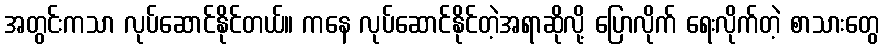
အတွင်းကသာ လုပ်ဆောင်နိုင်တယ်။ ကနေ လုပ်ဆောင်နိုင်တဲ့အရာဆိုလို့ ပြောလိုက် ရေးလိုက်တဲ့ စာသားတွေ